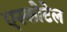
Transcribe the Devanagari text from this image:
एस्कोटेल